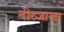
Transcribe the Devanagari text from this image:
नीरजाला